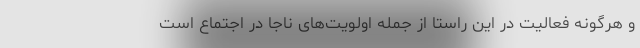
و هرگونه فعالیت در این راستا از جمله اولویت‌های ناجا در اجتماع است